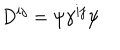
D ^ { i j } = \psi \gamma ^ { i j } \psi